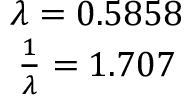
\begin{array} { c } { \lambda = 0 . 5 8 5 8 } \\ { \frac { 1 } { \lambda } = 1 . 7 0 7 } \end{array}